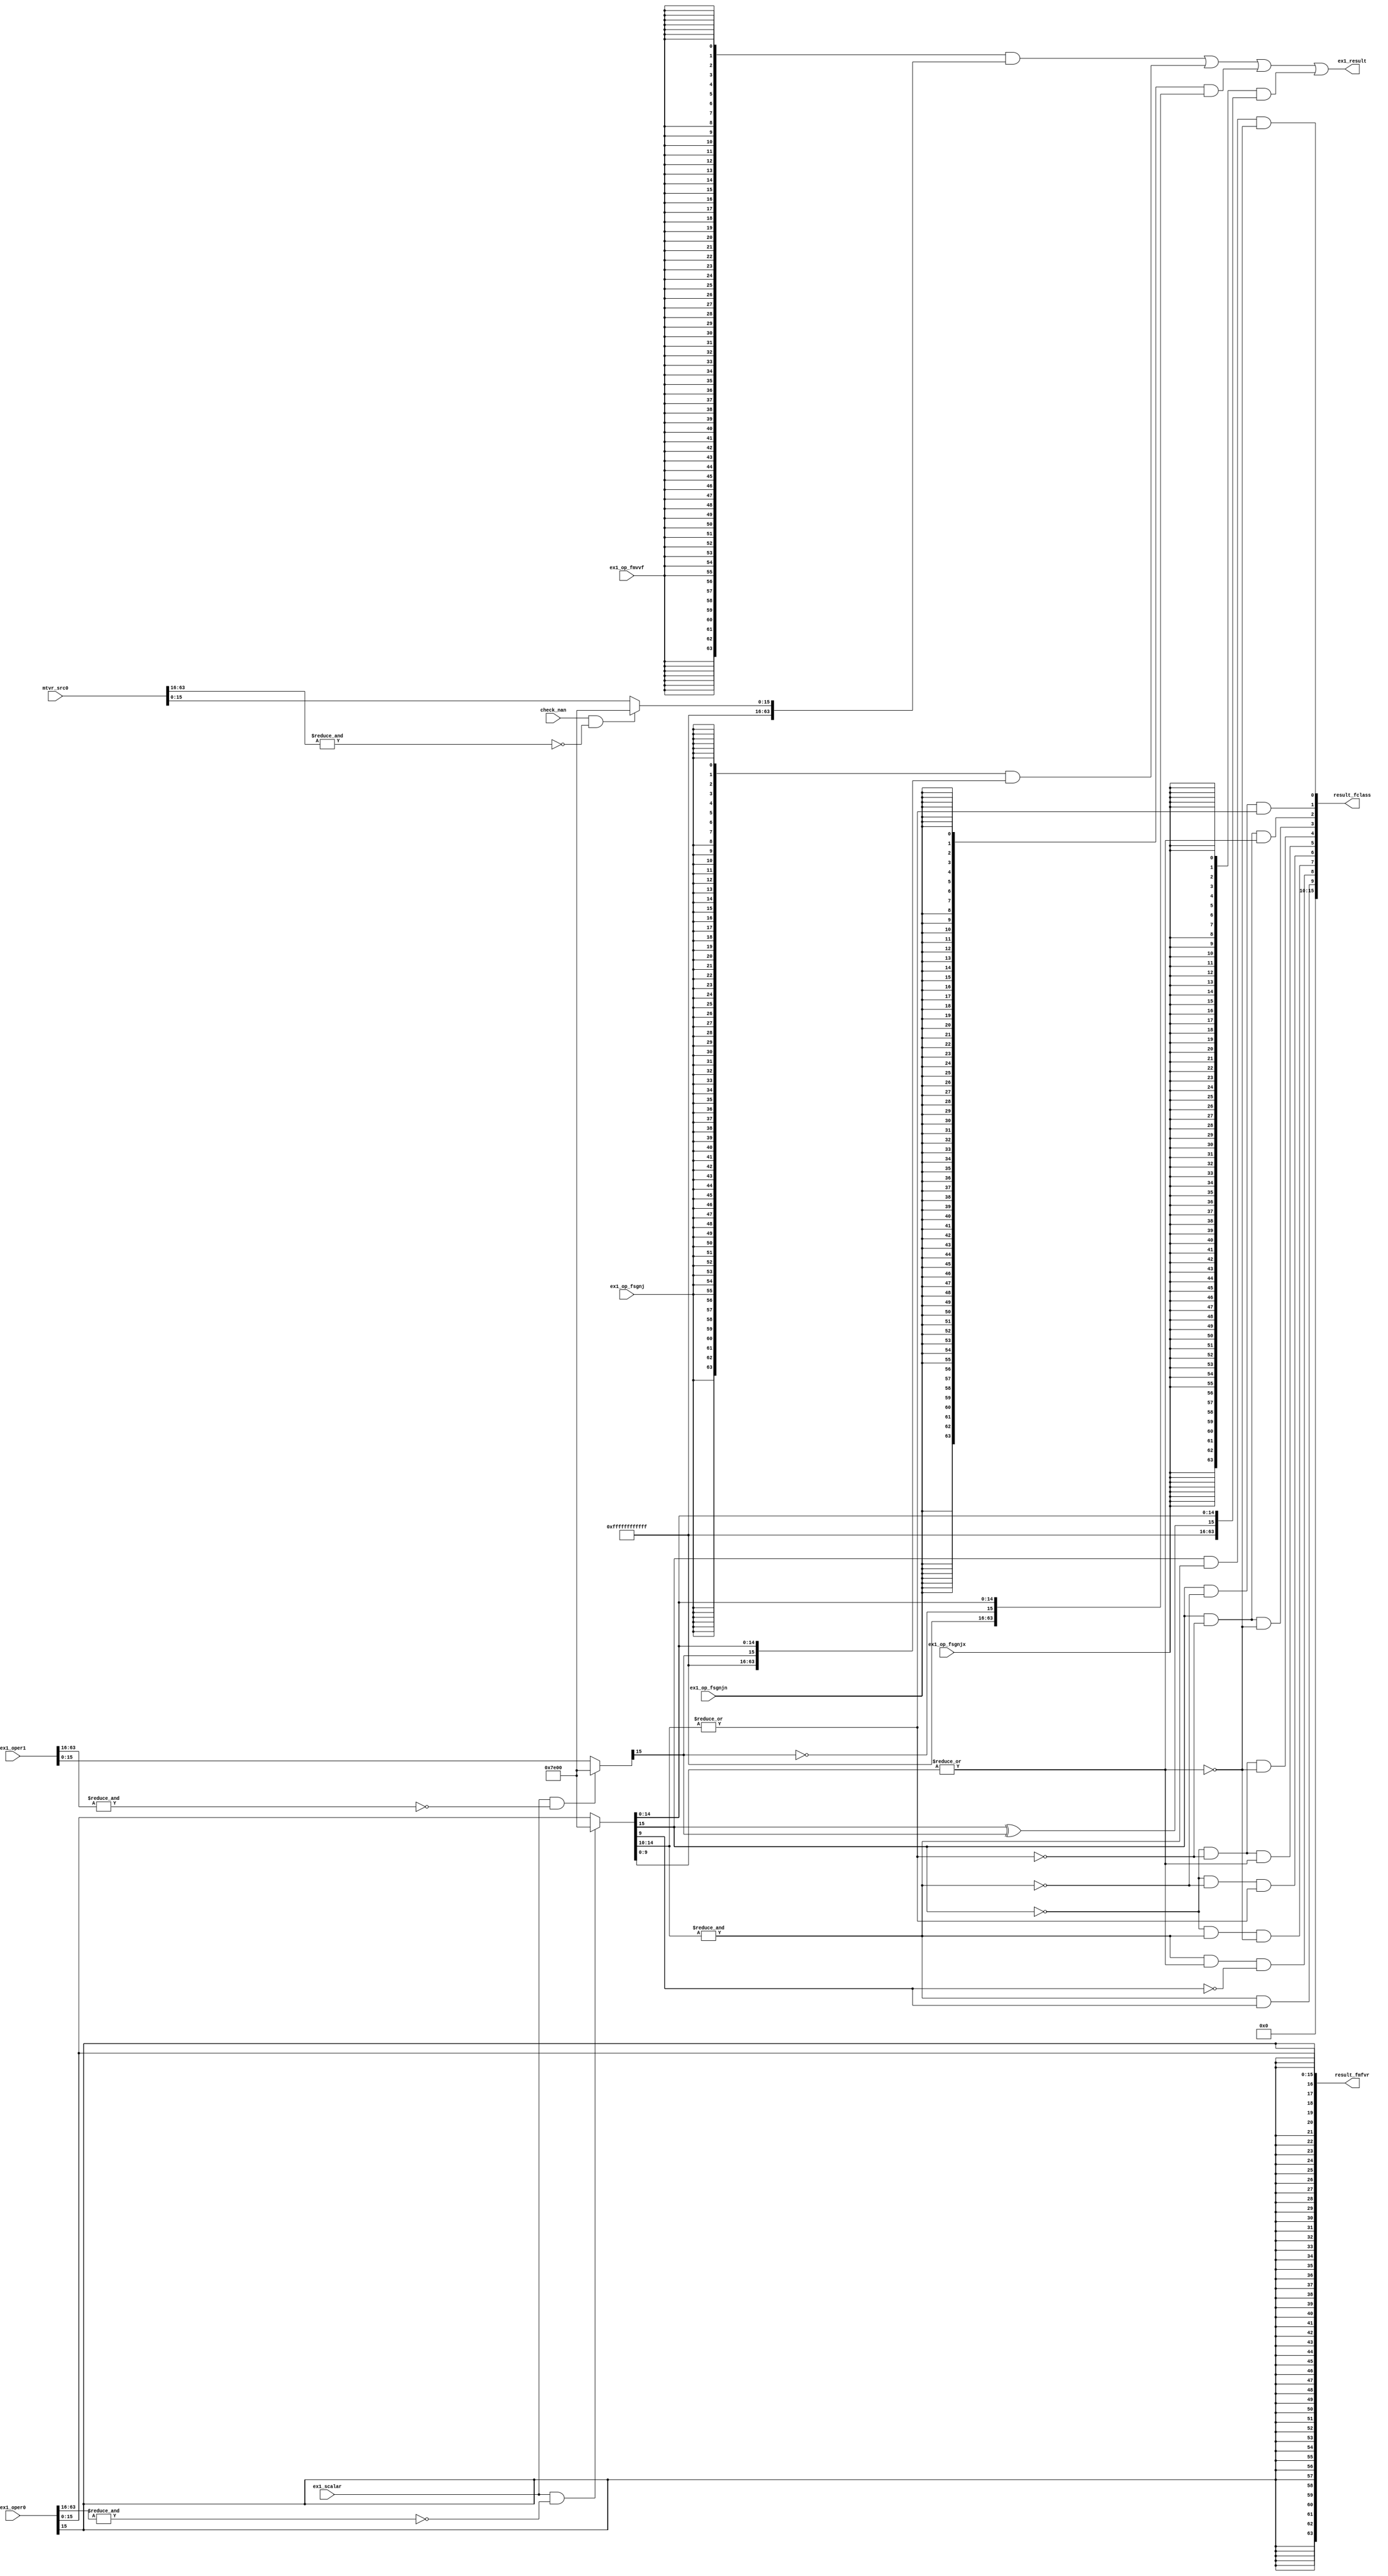
/*Copyright 2019-2021 T-Head Semiconductor Co., Ltd.

Licensed under the Apache License, Version 2.0 (the "License");
you may not use this file except in compliance with the License.
You may obtain a copy of the License at

    http://www.apache.org/licenses/LICENSE-2.0

Unless required by applicable law or agreed to in writing, software
distributed under the License is distributed on an "AS IS" BASIS,
WITHOUT WARRANTIES OR CONDITIONS OF ANY KIND, either express or implied.
See the License for the specific language governing permissions and
limitations under the License.
*/
module ct_fspu_half(
  check_nan,
  ex1_op_fmvvf,
  ex1_op_fsgnj,
  ex1_op_fsgnjn,
  ex1_op_fsgnjx,
  ex1_oper0,
  ex1_oper1,
  ex1_result,
  ex1_scalar,
  mtvr_src0,
  result_fclass,
  result_fmfvr
);

// &Ports; @19
input           check_nan;           
input           ex1_op_fmvvf;        
input           ex1_op_fsgnj;        
input           ex1_op_fsgnjn;       
input           ex1_op_fsgnjx;       
input   [63:0]  ex1_oper0;           
input   [63:0]  ex1_oper1;           
input           ex1_scalar;          
input   [63:0]  mtvr_src0;           
output  [63:0]  ex1_result;          
output  [15:0]  result_fclass;       
output  [63:0]  result_fmfvr;        

// &Regs; @20

// &Wires; @21
wire            check_nan;           
wire            ex1_half_expnt0_max; 
wire            ex1_half_expnt0_zero; 
wire            ex1_half_frac0_all0; 
wire            ex1_half_frac0_msb;  
wire            ex1_half_neg_dn;     
wire            ex1_half_neg_inf;    
wire            ex1_half_neg_nm;     
wire            ex1_half_neg_zero;   
wire            ex1_half_op0_sign;   
wire            ex1_half_pos_dn;     
wire            ex1_half_pos_inf;    
wire            ex1_half_pos_nm;     
wire            ex1_half_pos_zero;   
wire            ex1_half_qnan;       
wire            ex1_half_snan;       
wire            ex1_mtvr_cnan;       
wire            ex1_op0_cnan;        
wire            ex1_op1_cnan;        
wire            ex1_op_fmvvf;        
wire            ex1_op_fsgnj;        
wire            ex1_op_fsgnjn;       
wire            ex1_op_fsgnjx;       
wire    [63:0]  ex1_oper0;           
wire    [15:0]  ex1_oper0_half;      
wire    [63:0]  ex1_oper1;           
wire    [15:0]  ex1_oper1_half;      
wire    [63:0]  ex1_result;          
wire            ex1_scalar;          
wire    [63:0]  mtvr_src0;           
wire    [15:0]  mtvr_src0_f;         
wire    [15:0]  result_fclass;       
wire    [15:0]  result_fclasss;      
wire    [63:0]  result_fmfvr;        
wire    [63:0]  result_fmfvrs;       
wire    [63:0]  result_fmtvrs;       
wire    [63:0]  result_fsgnjns;      
wire    [63:0]  result_fsgnjs;       
wire    [63:0]  result_fsgnjxs;      

// &Force("bus","ex1_oper1",63,0); @22
assign ex1_op0_cnan    = ex1_scalar && !(&ex1_oper0[63:16]);
assign ex1_op1_cnan    = ex1_scalar && !(&ex1_oper1[63:16]);

assign ex1_oper0_half[15:0] = (ex1_op0_cnan)
                              ? 16'h7e00
                              : ex1_oper0[15:0];
assign ex1_oper1_half[15:0] = (ex1_op1_cnan)
                              ? 16'h7e00
                              : ex1_oper1[15:0];
//Sign bit prepare                              
assign ex1_half_op0_sign      = ex1_oper0_half[15];   
//exponent max
assign ex1_half_expnt0_max    = &ex1_oper0_half[14:10];
//exponent zero
assign ex1_half_expnt0_zero   = ~|ex1_oper0_half[14:10];
//fraction zero
assign ex1_half_frac0_all0    = ~|ex1_oper0_half[9:0];

//freaction msb
assign ex1_half_frac0_msb     = ex1_oper0_half[9];



//FLASS.S
assign ex1_half_neg_inf  = ex1_half_op0_sign   && ex1_half_expnt0_max  && ex1_half_frac0_all0;
assign ex1_half_neg_nm   = ex1_half_op0_sign   && !ex1_half_expnt0_max && !ex1_half_expnt0_zero;
assign ex1_half_neg_dn   = ex1_half_op0_sign   && ex1_half_expnt0_zero && !ex1_half_frac0_all0;
assign ex1_half_neg_zero = ex1_half_op0_sign   && ex1_half_expnt0_zero && ex1_half_frac0_all0;
assign ex1_half_pos_zero = !ex1_half_op0_sign  && ex1_half_expnt0_zero && ex1_half_frac0_all0;
assign ex1_half_pos_dn   = !ex1_half_op0_sign  && ex1_half_expnt0_zero && !ex1_half_frac0_all0; 
assign ex1_half_pos_nm   = !ex1_half_op0_sign  && !ex1_half_expnt0_max && !ex1_half_expnt0_zero;
assign ex1_half_pos_inf  = !ex1_half_op0_sign  && ex1_half_expnt0_max  && ex1_half_frac0_all0;
assign ex1_half_snan     = ex1_half_expnt0_max && !ex1_half_frac0_all0 && !ex1_half_frac0_msb;
assign ex1_half_qnan     = ex1_half_expnt0_max && ex1_half_frac0_msb;
assign result_fclasss[15:0] = {
                               6'b0,
                               ex1_half_qnan,
                               ex1_half_snan,
                               ex1_half_pos_inf,
                               ex1_half_pos_nm,
                               ex1_half_pos_dn,
                               ex1_half_pos_zero,
                               ex1_half_neg_zero,
                               ex1_half_neg_dn,
                               ex1_half_neg_nm,
                               ex1_half_neg_inf
                              };



//FSGNJX.S
assign result_fsgnjxs[63:0] = {48'hffffffffffff,
                               ex1_oper0_half[15]^ex1_oper1_half[15],
                               ex1_oper0_half[14:0]};



//FSGNJN.S
assign result_fsgnjns[63:0] = {48'hffffffffffff,
                               ~ex1_oper1_half[15],
                               ex1_oper0_half[14:0]};


//FSGNJ.S
assign result_fsgnjs[63:0]  = {48'hffffffffffff,
                               ex1_oper1_half[15],
                               ex1_oper0_half[14:0]};

assign ex1_mtvr_cnan         = check_nan && !(&mtvr_src0[63:16]);
assign mtvr_src0_f[15:0]    = ex1_mtvr_cnan ? 16'h7e00 
                                        : mtvr_src0[15:0];
//FMV.W.X
assign result_fmtvrs[63:0]  = {48'hffffffffffff,mtvr_src0_f[15:0]};



//FMV.X.W

assign result_fmfvrs[63:0]  = {{48{ex1_oper0[15]}},ex1_oper0[15:0]};

assign result_fmfvr[63:0]   = result_fmfvrs[63:0];


assign result_fclass[15:0]  = result_fclasss[15:0];

//Final Result
assign ex1_result[63:0] = {64{ex1_op_fmvvf}}        & result_fmtvrs[63:0]  | 
                          {64{ex1_op_fsgnj}}       & result_fsgnjs[63:0]  | 
                          {64{ex1_op_fsgnjn}}      & result_fsgnjns[63:0] | 
                          {64{ex1_op_fsgnjx}}      & result_fsgnjxs[63:0]; 
// &ModuleEnd; @113
endmodule